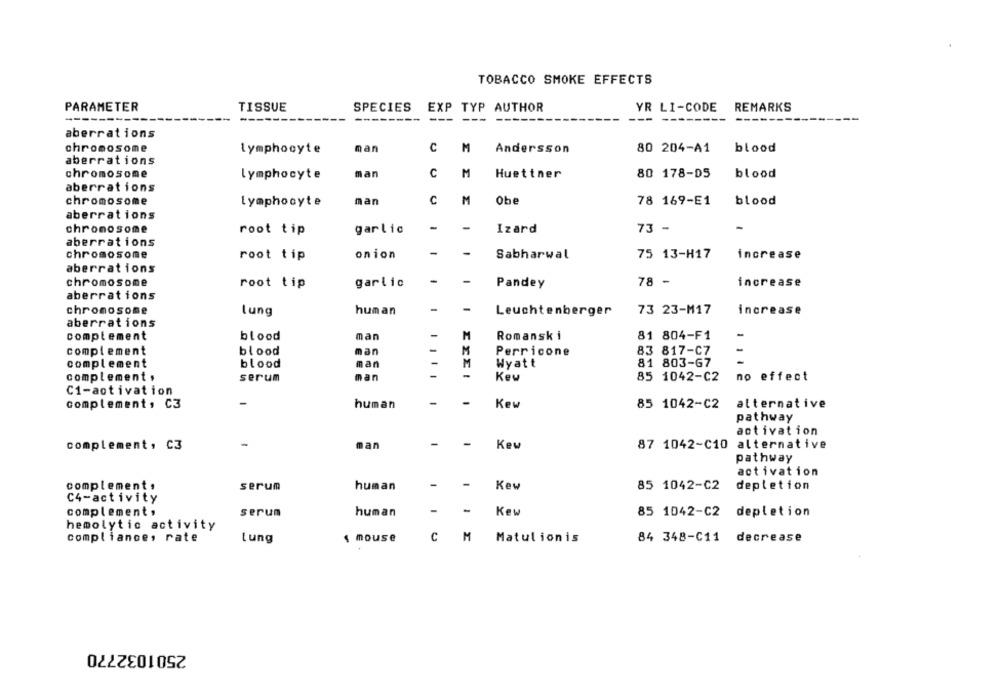
TOBACCO SMOKE EFFECTS
PARAMETER
TISSUE
SPECIES
EXP TYP AUTHOR
YR LI-CODE
REMARKS
-------- ------
-- -----
aberrations
chromosome
lymphocyte
man
C
M
Andersson
80 204-A1
blood
aberrations
chromosome
man
C
M
Huettner
80 178-05
blood
lymphocyte
aberrations
chromosome
lymphocyte
man
C
M
Obe
78 169-E1
blood
aberrations
chronosome
root tip
garlic
-
Izard
73 -
-
aberrations
chromosome
root tip
onion
Sabharwal
75 13-H17
increase
aberrations
chromosome
root tip
garlic
Pandey
78 -
increase
aberrations
chromosome
lung
human
-
-
Leuchtenberger
73 23-M17
increase
aberrations
-
M
Romanski
81 804-F1
-
complement
blood
man
M
complement
blood
man
Perricone
83 817-C7
man
-
81 803-67
complement
blood
Wyatt
complement ,
serum
man
-
-
Key
85 1042-C2
no effect
C1-activation
complement, C3
-
human
Kew
85 1042-C2
alternative
pathway
activation
complement, C3
-
man
Kew
87 1042-C10
87 1042-C10 alternative
pathway
activation
-
complement ,
serum
human
-
Kew
85 1042-C2
depletion
C4-activity
-
-
complement ,
serum
human
Kew
85 1042-C2 depletion
hemolytic activity
compliance, rate
mouse
Lung
CM
Matulionis
84 348-C11 decrease
2501032770